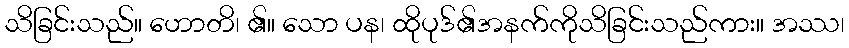
သိခြင်းသည်။ ဟောတိ၊ ၏။ သော ပန၊ ထိုပုဒ်၏အနက်ကိုသိခြင်းသည်ကား။ အဿ၊